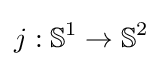
j:\mathbb {S} ^{1}\to \mathbb {S} ^{2}